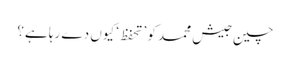
چین جیش محمد کو ’تحفظ‘ کیوں دے رہا ہے؟